Civil Veterinary Dept. Bombay admin report 1893-99 - 1893-1899
Year: 1893
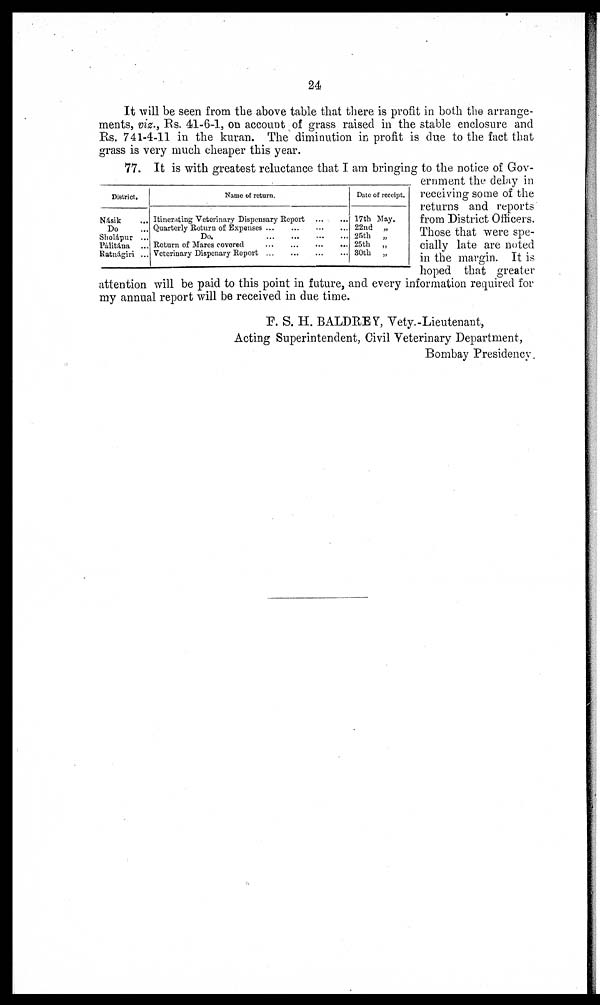
24
It will be seen from the above table that there is profit in both the arrange-
ments, viz., Rs. 41-6-1, on account of grass raised in the stable enclosure and
Rs. 741-4-11 in the kuran. The diminution in profit is due to the fact that
grass is very much cheaper this year.
District.
Násik ...
Do ...
Sholápur ...
Pálitána ...
Ratnágiri ...
Name of return.
Itinerating Veterinary Dispensary Report
...
...
Quarterly Return of Expenses
...
...
...
...
Do.
...
...
...
...
Return of Mares covered
...
...
...
...
Veterinary Dispenary Report
...
...
...
...
Date of receipt.
17th May.
22nd „
25th
„
25th
„
30th „
77. It is with greatest reluctance that I am bringing to the notice of Gov-
ernment the delay in
receiving some of the
returns and reports
from District Officers.
Those that were spe-
cially late are noted
in the margin. It is
hoped that greater
attention will be paid to this point in future, and every information required for
my annual report will be received in due time.
F. S. H. BALDREY, Vety.-Lieutenant,
Acting Superintendent, Civil Veterinary Department,
Bombay Presidency.